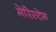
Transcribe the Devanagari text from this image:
मेरिस्टेम